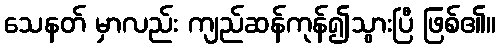
သေနတ် မှာလည်း ကျည်ဆန်ကုန်၍သွားပြီ ဖြစ်၏။